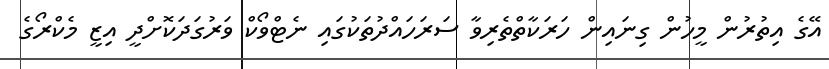
އޭގެ އިތުރުން މީހުން ގިނައިން ހަރަކާތްތެރިވާ ސަރަހައްދުތަކުގައި ނެޓްވޯކް ވަރުގަދަކޮށްދީ އިޒީ މެކްރޯގެ